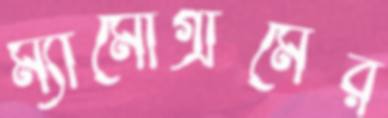
ম্যামোগ্রামের